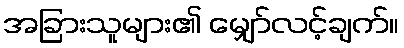
အခြားသူများ၏ မျှော်လင့်ချက်။